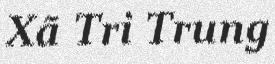
Xã Tri Trung